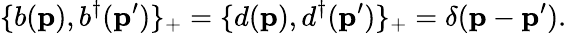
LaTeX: \{ b({\mathbf p}),b^{\dagger}({\mathbf p^{\prime}})\} _{+}=\{ d({\mathbf p}),d^{\dagger}({\mathbf p^{\prime}})\} _{+}=\delta({\mathbf p-\mathbf p^{\prime}}).